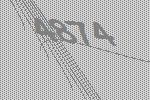
4874